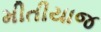
મીતીયાજ